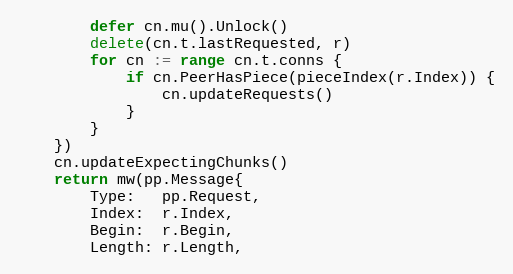
Language: Go
		defer cn.mu().Unlock()
		delete(cn.t.lastRequested, r)
		for cn := range cn.t.conns {
			if cn.PeerHasPiece(pieceIndex(r.Index)) {
				cn.updateRequests()
			}
		}
	})
	cn.updateExpectingChunks()
	return mw(pp.Message{
		Type:   pp.Request,
		Index:  r.Index,
		Begin:  r.Begin,
		Length: r.Length,